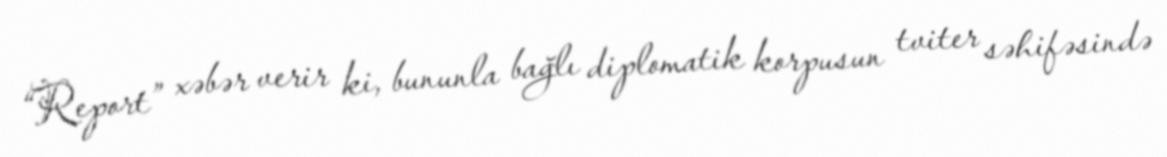
“Report” xəbər verir ki, bununla bağlı diplomatik korpusun tviter səhifəsində